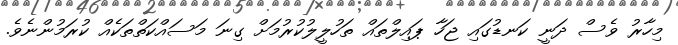
މިހާރު ވެސް ދަނީ ކަނޑުގައި ޖަހާ ޕައިލްތައް ތަހުލީލުކުރުމަށް ގިނަ މަސައްކަތްތަކެއް ކުރަމުންނެވެ.